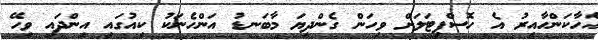
އެހާކަންހާއިރު އެ ހޮސްޕިޓަލަށް ވިހަން ގެންދިޔަ މާބަނޑު އަންހެނަކު ކިއުގައި އިންދައި ވިހޭ